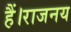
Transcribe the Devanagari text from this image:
हैं।राजनय